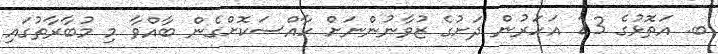
ބ. އަތޮޅުގެ 23 އަހަރުން ދަށުގެ ޒުވާނުންނަށް ހާއްސަކޮށްގެން ބާއްވާ މި މުބާރާތުގައި